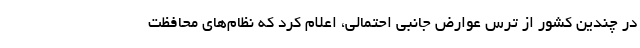
در چندین کشور از ترس عوارض جانبی احتمالی، اعلام کرد که نظام‌های محافظت